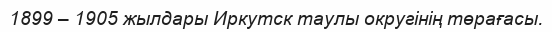
1899 – 1905 жылдары Иркутск таулы округінің төрағасы.